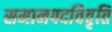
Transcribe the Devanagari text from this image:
समानपदविवृति